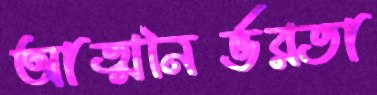
আত্মনির্ভরতা